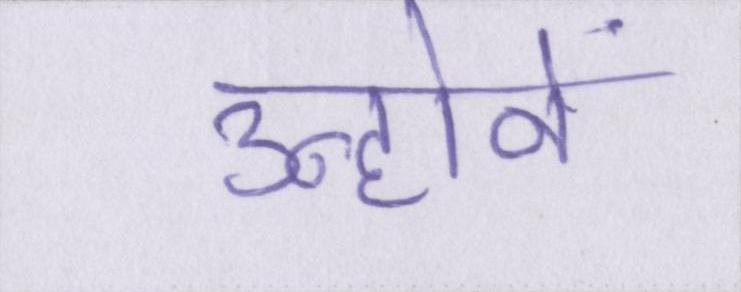
उन्होनें